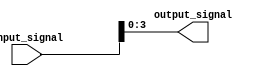
module part_select_assign (
    input [7:0] input_signal,
    output [3:0] output_signal
);

assign output_signal = input_signal[3:0];

endmodule